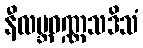
နီလဗ္ဘဝဏ္ဏသဒိသံ